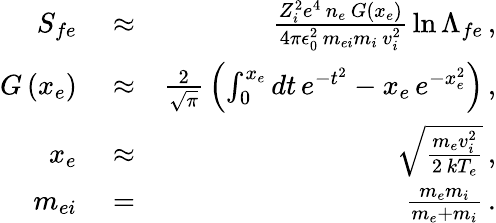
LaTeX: \begin{array}{rlr}{S_{fe}}&{{}\approx}&{\frac{Z_{i}^{2}e^{4}\, n_{e}\, G\left(x_{e}\right)}{4\pi\epsilon_{0}^{2}\, m_{ei}m_{i}\, v_{i}^{2}}\, \ln\Lambda_{fe}\, ,}\\ {G\left(x_{e}\right)}&{{}\approx}&{\frac{2}{\sqrt{\pi}}\, \left(\int_{0}^{x_{e}}dt\, e^{-t^{2}}-x_{e}\, e^{-x_{e}^{2}}\right)\, ,}\\ {x_{e}}&{{}\approx}&{\sqrt{\frac{m_{e}v_{i}^{2}}{2\, kT_{e}}}\, ,}\\ {m_{ei}}&{{}=}&{\frac{m_{e}m_{i}}{m_{e}+m_{i}}\, .}\end{array}